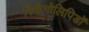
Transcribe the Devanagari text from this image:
स्फिंगोलिपिडों